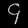
Digit: ၄